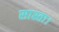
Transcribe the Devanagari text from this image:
सास्ता।